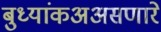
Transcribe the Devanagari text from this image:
बुध्यांकअअसणारे